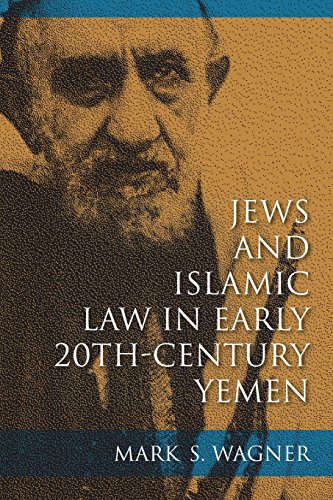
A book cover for Jews and Islamic Law in Early 20th-Century Yemen (Indiana Series in Sephardi and Mizrahi Studies); Mark S. Wagner; History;